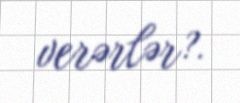
verərlər?.